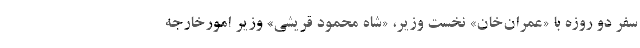
سفر دو روزه با «عمران‌خان» نخست وزیر، «شاه محمود قریشی» وزیر امورخارجه